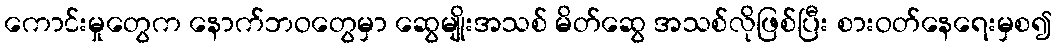
ကောင်းမှုတွေက နောက်ဘဝတွေမှာ ဆွေမျိုးအသစ် မိတ်ဆွေ အသစ်လိုဖြစ်ပြီး စားဝတ်နေရေးမှစ၍